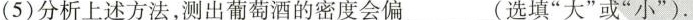
(5)分析上述方法，测出葡萄酒的密度会偏___(选填”大”或”小”)